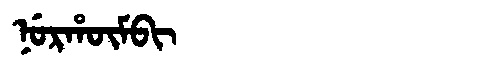
Manchu: ᠨᡠᡵᡥᡡᠮᠪᡳ
Romanization: NURHŪMBI